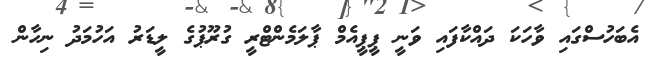
އެބަހުސްގައި ވާހަކަ ދައްކާފައި ވަނީ ޕީޕީއެމް ޕާލަމެންޓްރީ ގުރޫޕުގެ ލީޑަރު އަހުމަދު ނިހާން